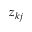
z _ { k j }